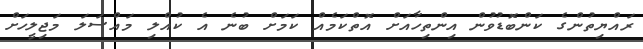
ރައްޔިތުންގެ ކަންބޮޑުވުން އިންތިހާއަށް އޮތްކަމެއް ކަމަށް ބުނެ އެ ކުއްލި މައްސަލަ މަޖިލީހަށް